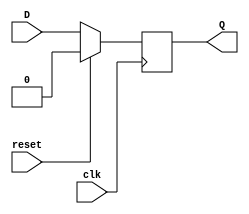
module d_ff_sync_reset(
    input wire D,
    input wire clk,
    input wire reset,
    output reg Q
);

always @(posedge clk) begin
    if (reset) begin
        Q <= 1'b0; // reset the flip-flop to a known state
    end else begin
        Q <= D; // change state according to D input on rising edge of clock
    end
end

endmodule